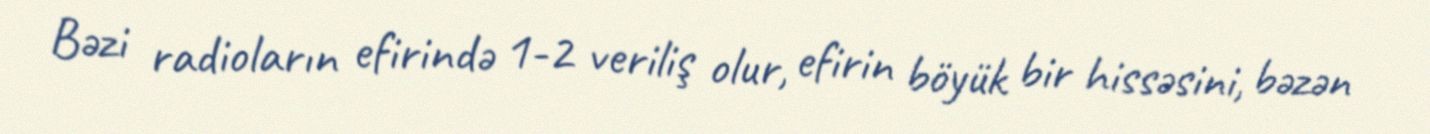
Bəzi radioların efirində 1-2 veriliş olur, efirin böyük bir hissəsini, bəzən